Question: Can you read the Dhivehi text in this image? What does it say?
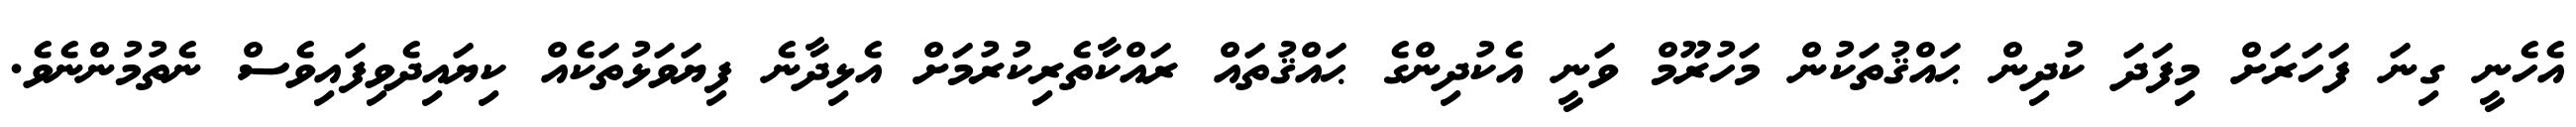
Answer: އެހެނީ ގިނަ ފަހަރަށް މިފަދަ ކުދިން ޙައްޤުތަކުން މަހުރޫމް ވަނީ އެކުދިންގެ ޙައްޤުތައް ރައްކާތެރިކުރުމަށް އެޅިދާނެ ފިޔަވަޅުތަކެއް ކިޔައިދެވިފައިވެސް ނެތުމުންނެވެ.